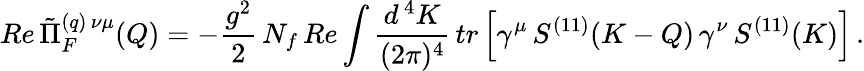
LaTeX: Re\, \tilde{\Pi}_{F}^{(q)\, \nu\mu}(Q)=-\frac{g^{2}}{2}\, N_{f}\, Re\int\frac{d^{\, 4}K}{(2\pi)^{4}}\, tr\left[\gamma^{\mu}\, S^{(11)}(K-Q)\, \gamma^{\nu}\, S^{(11)}(K)\right]\, .